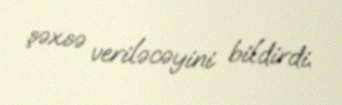
şəxsə veriləcəyini bildirdi.